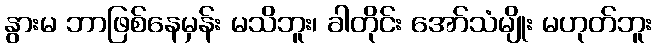
နွားမ ဘာဖြစ်နေမှန်း မသိဘူး၊ ခါတိုင်း အော်သံမျိုး မဟုတ်ဘူး